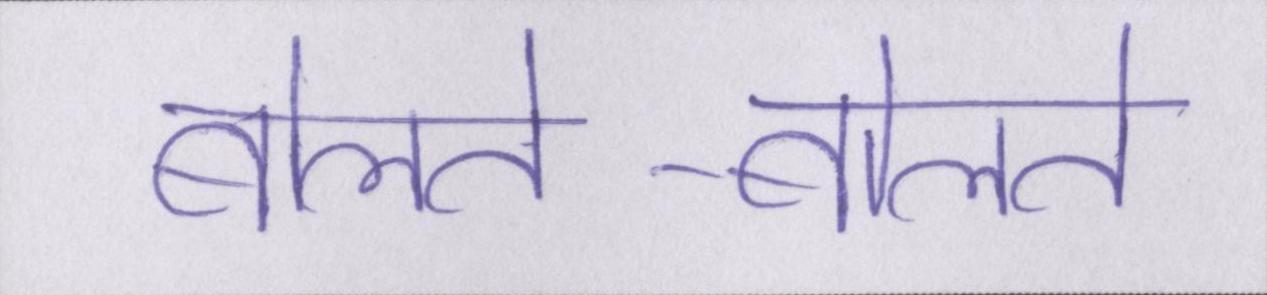
बोलते-बोलते